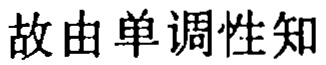
故由单调性知